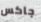
جاكس